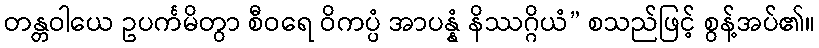
တန္တဝါယေ ဥပင်္ကမိတွာ စီဝရေ ဝိကပ္ပံ အာပန္နံ နိဿဂ္ဂိယံ” စသည်ဖြင့် စွန့်အပ်၏။